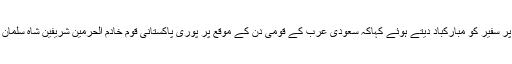
محمد علی درانی نے سعودی عرب کے قومی دن پر ایک یادگار تقریب کے انعقاد پر سفیر کو مبارکباد دیتے ہوئے کہاکہ سعودی عرب کے قومی دن کے موقع پر پوری پاکستانی قوم خادم الحرمین شریفین شاہ سلمان بن عبدالعزیز، سعودی قیادت اور عوام کو مبارک اور خیرسگالی کا پیغام دیتی ہے۔